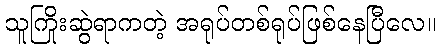
သူကြိုးဆွဲရာကတဲ့ အရုပ်တစ်ရုပ်ဖြစ်နေပြီလေ။